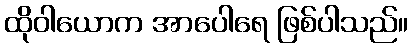
ထိုဝါယောက အာပေါရေ ဖြစ်ပါသည်။